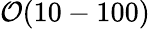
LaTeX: \mathcal{O}(10-100)